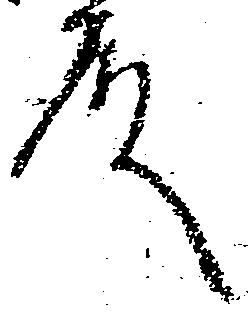
殿